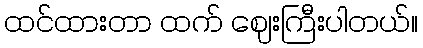
ထင်ထားတာ ထက် ဈေးကြီးပါတယ်။